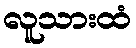
လူသားထံ